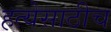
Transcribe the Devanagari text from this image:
हत्येसाठीच